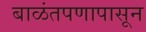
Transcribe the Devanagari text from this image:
बाळंतपणापासून